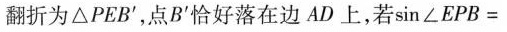
翻折为ΔPEB'，点B'恰好落在边AD上，若$$\sin ∠ E P B =$$